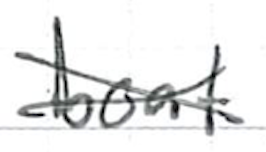
Text: boat
Cross-out: mix
Writing tool: ballpoint